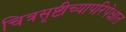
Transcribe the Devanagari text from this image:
चित्रसृष्टीच्यापरिपेक्षात